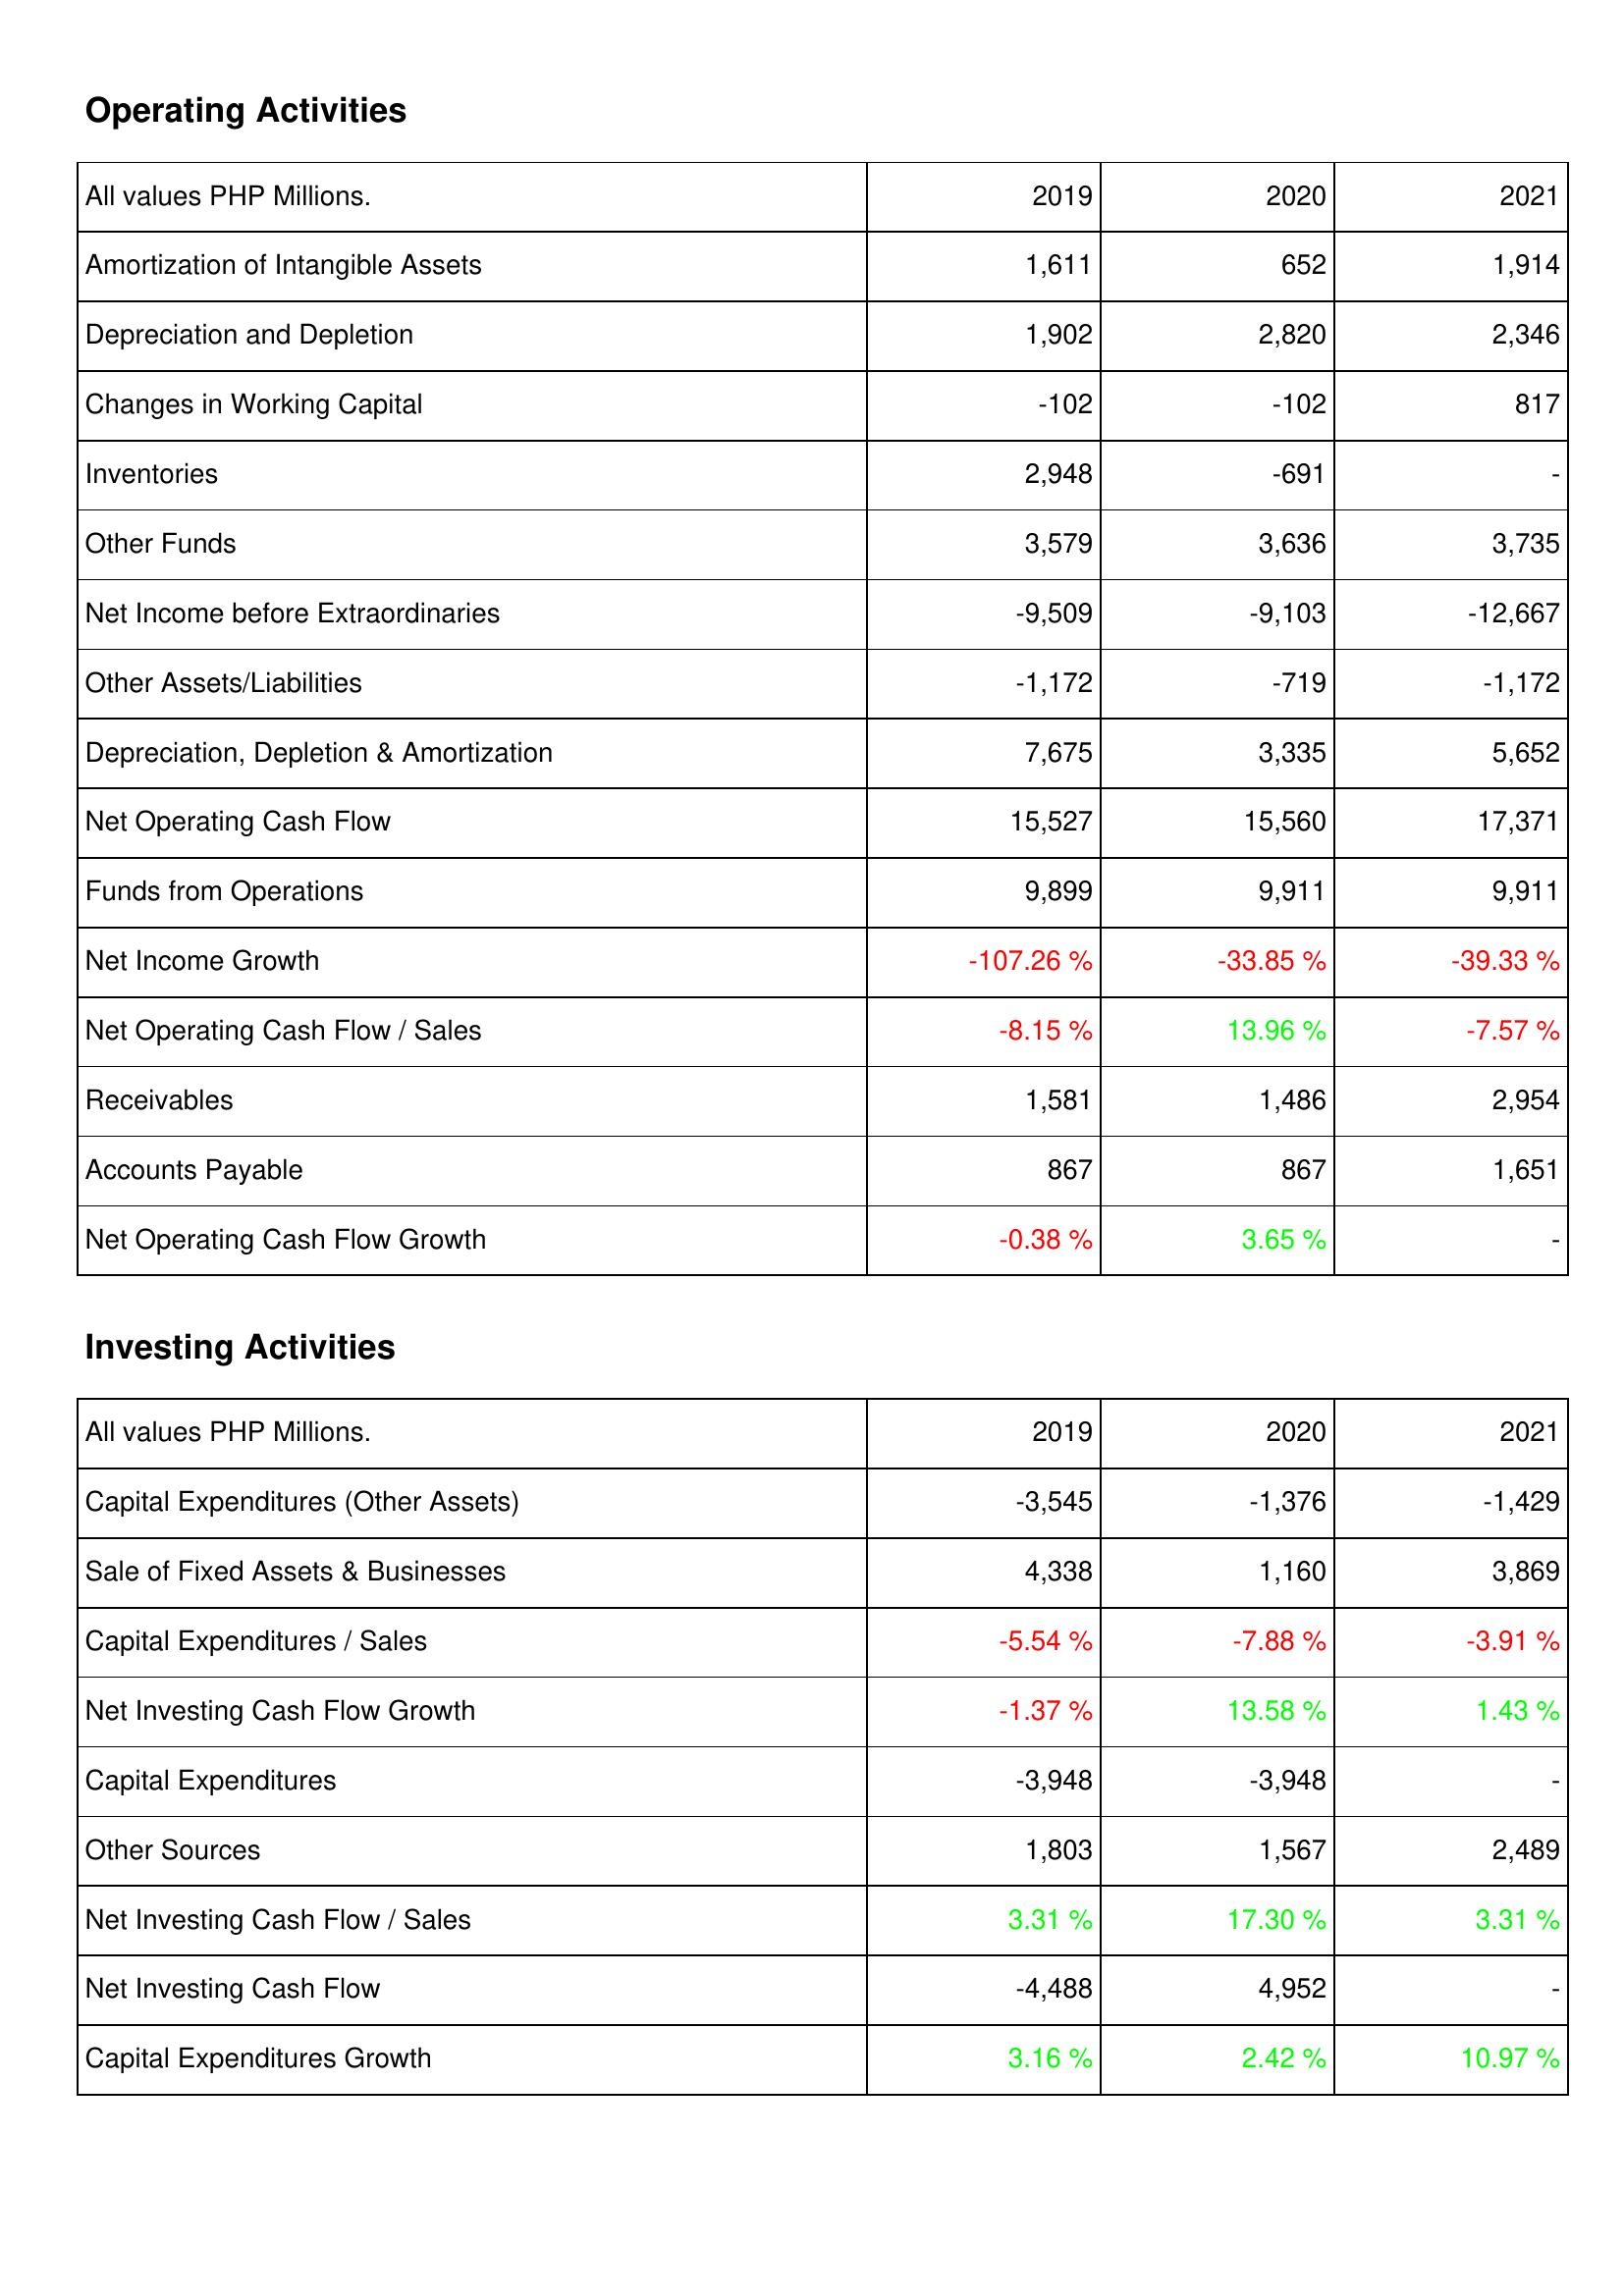
2019: Operating Activities: Amortization of Intangible Assets: 1,611
Depreciation and Depletion: 1,902
Changes in Working Capital: -102
Inventories: 2,948
Other Funds: 3,579
Net Income before Extraordinaries: -9,509
Other Assets/Liabilities: -1,172
Depreciation, Depletion & Amortization: 7,675
Net Operating Cash Flow: 15,527
Funds from Operations: 9,899
Net Income Growth: -107.26 %
Net Operating Cash Flow / Sales: -8.15 %
Receivables: 1,581
Accounts Payable: 867
Net Operating Cash Flow Growth: -0.38 %
Investing Activities: Capital Expenditures (Other Assets): -3,545
Sale of Fixed Assets & Businesses: 4,338
Capital Expenditures / Sales: -5.54 %
Net Investing Cash Flow Growth: -1.37 %
Capital Expenditures: -3,948
Other Sources: 1,803
Net Investing Cash Flow / Sales: 3.31 %
Net Investing Cash Flow: -4,488
Capital Expenditures Growth: 3.16 %
2020: Operating Activities: Amortization of Intangible Assets: 652
Depreciation and Depletion: 2,820
Changes in Working Capital: -102
Inventories: -691
Other Funds: 3,636
Net Income before Extraordinaries: -9,103
Other Assets/Liabilities: -719
Depreciation, Depletion & Amortization: 3,335
Net Operating Cash Flow: 15,560
Funds from Operations: 9,911
Net Income Growth: -33.85 %
Net Operating Cash Flow / Sales: 13.96 %
Receivables: 1,486
Accounts Payable: 867
Net Operating Cash Flow Growth: 3.65 %
Investing Activities: Capital Expenditures (Other Assets): -1,376
Sale of Fixed Assets & Businesses: 1,160
Capital Expenditures / Sales: -7.88 %
Net Investing Cash Flow Growth: 13.58 %
Capital Expenditures: -3,948
Other Sources: 1,567
Net Investing Cash Flow / Sales: 17.30 %
Net Investing Cash Flow: 4,952
Capital Expenditures Growth: 2.42 %
2021: Operating Activities: Amortization of Intangible Assets: 1,914
Depreciation and Depletion: 2,346
Changes in Working Capital: 817
Inventories: -
Other Funds: 3,735
Net Income before Extraordinaries: -12,667
Other Assets/Liabilities: -1,172
Depreciation, Depletion & Amortization: 5,652
Net Operating Cash Flow: 17,371
Funds from Operations: 9,911
Net Income Growth: -39.33 %
Net Operating Cash Flow / Sales: -7.57 %
Receivables: 2,954
Accounts Payable: 1,651
Net Operating Cash Flow Growth: -
Investing Activities: Capital Expenditures (Other Assets): -1,429
Sale of Fixed Assets & Businesses: 3,869
Capital Expenditures / Sales: -3.91 %
Net Investing Cash Flow Growth: 1.43 %
Capital Expenditures: -
Other Sources: 2,489
Net Investing Cash Flow / Sales: 3.31 %
Net Investing Cash Flow: -
Capital Expenditures Growth: 10.97 %